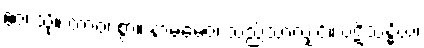
ဧဝံ၊ သို့။ တာဝ၊ စွာ။ နာမမေဝ၊ သည်သာလျှင်။ ပဋိသန္ဓိယံ၊